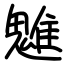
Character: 魋